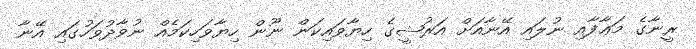
ރީނާގެ މަޢާފާއި ނުލައި އޭނާއަށް އަރުޝީގެ ހިޔާވައިކަން ނޫން ހިޔާވަހިކަމެއް ނުވާދުވަހުގައި އޭނާ